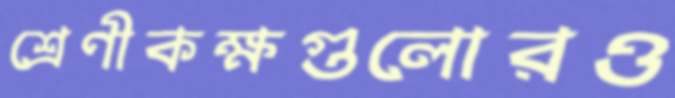
শ্রেণীকক্ষগুলোরও